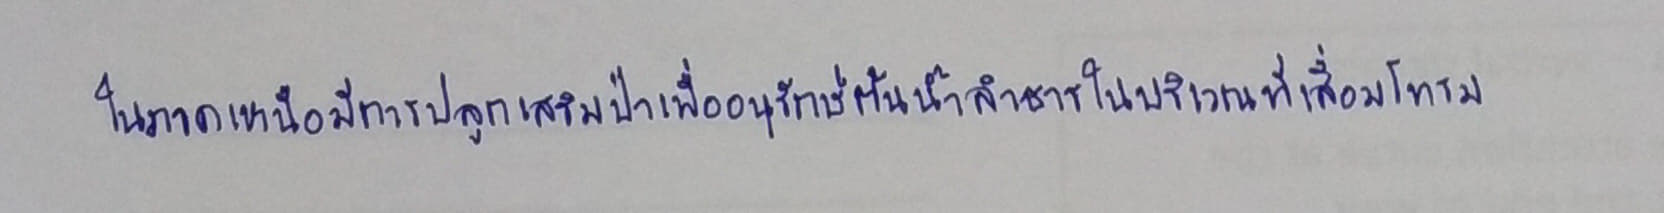
ในภาคเหนือมีการปลูกเสริมป่าเพื่ออนุรักษ์ต้นน้ำลำธารในบริเวณที่เสื่อมโทรม